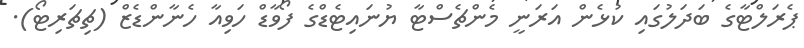
ޕެރަލްޓާގެ ބަދަލުގައި ކުޅެން އަރަނީ މެންޗެސްޓާ ޔުނައިޓެޑްގެ ފޯވާޑް ހަވިއާ ހެނާންޑެޒް (ޗިޗަރިޓޯ).